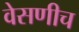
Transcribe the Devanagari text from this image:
वेसणीच